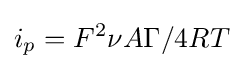
i_{p}=F^{2}\nu A\Gamma /4RT